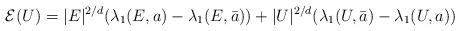
LaTeX: \begin{align*} \mathcal{E}(U) = |{E}|^{2/d}(\lambda_1({E},a) - \lambda_1({E},\bar{a}))+|U|^{2/d}(\lambda_1(U,\bar{a}) - \lambda_1(U,a))\end{align*}